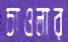
চাওলার